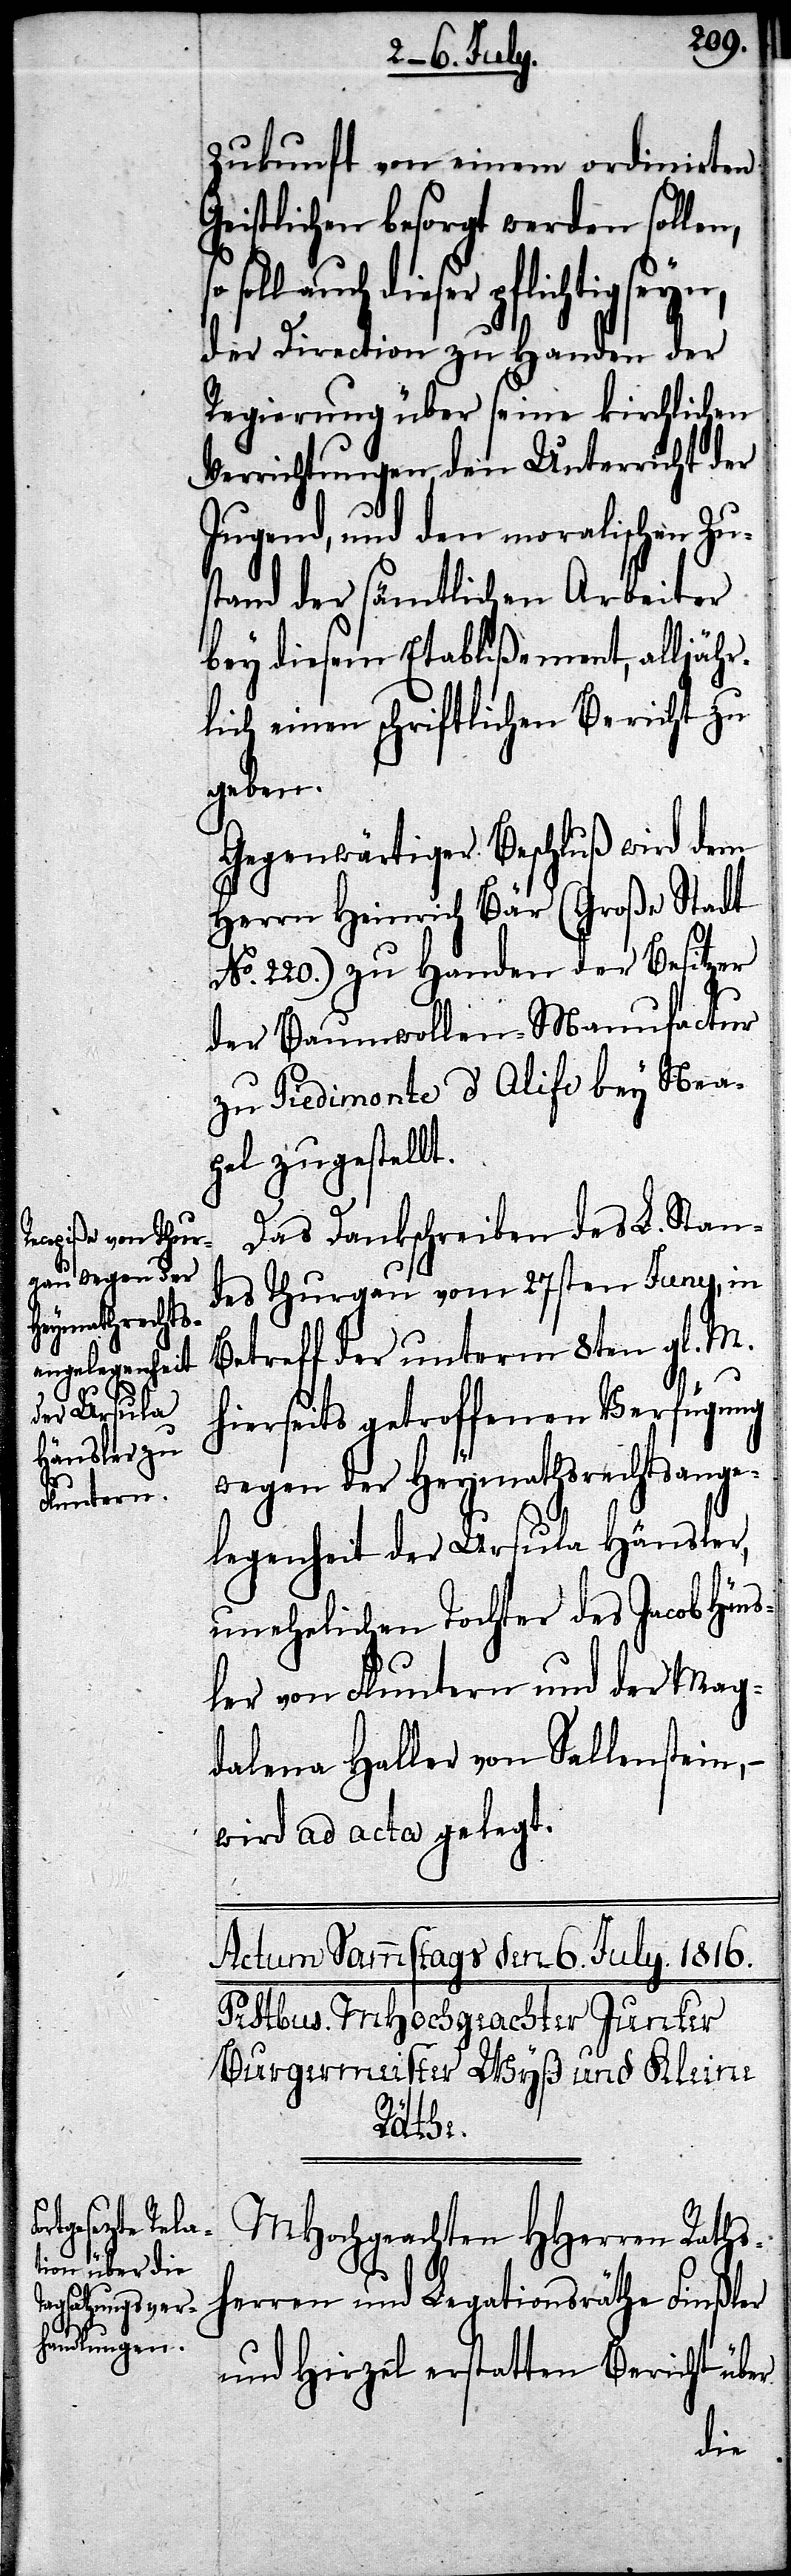
Zukunft von einem ordinirten
Geistlichen besorgt werden sollen,
soll auch dieser pflichtig seyn,
der Direction zu Handen der
Regierung über seine kirchlichen
Verrichtungen, den Unterricht der
Jugend, und den moralischen Zu¬
stand der sämtlichen Arbeiter
bey diesem Etablißement, alljähr¬
lich einen schriftlichen Bericht zu
geben.
Gegenwärtiger Beschluß wird dem
Herrn Heinrich Bär (Große Stadt
No. 220.) zu Handen der Besitzer
der Baumwollen-Manufactur
zu Piedimonte d’Olife bey Nea¬
pel zugestellt.
Das Dankschreiben des L. Stan¬
des Thurgau vom 27sten Juny, in
Betreff der unterm 8ten gl. M.
hierseits getroffenen Verfügung
wegen der Heymathsrechtsange¬
legenheit der Ursula Hänsler,
unehelichen Tochter des Jacob Häns¬
ler von Fluntern und der Mag¬
dalena Haller von Sallenstein,
wird ad acta gelegt.
MHochgeachten HHerren Raths¬
herren und Legationsräthe Finßler
und Hirzel erstatten Bericht über